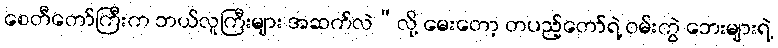
စေတီတော်ကြီးက ဘယ်လူကြီးများ အဆက်လဲ”လို့ မေးတော့ တပည့်တော်ရဲ့ ဝမ်းကွဲ ဘေးများရဲ့